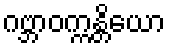
ဂဗ္ဘာဝက္ကန္တိယော